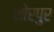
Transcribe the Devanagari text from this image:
शोरपुर